Civil Veterinary Department Bihar reports 1936-40 - 1936-1940
Year: 1936
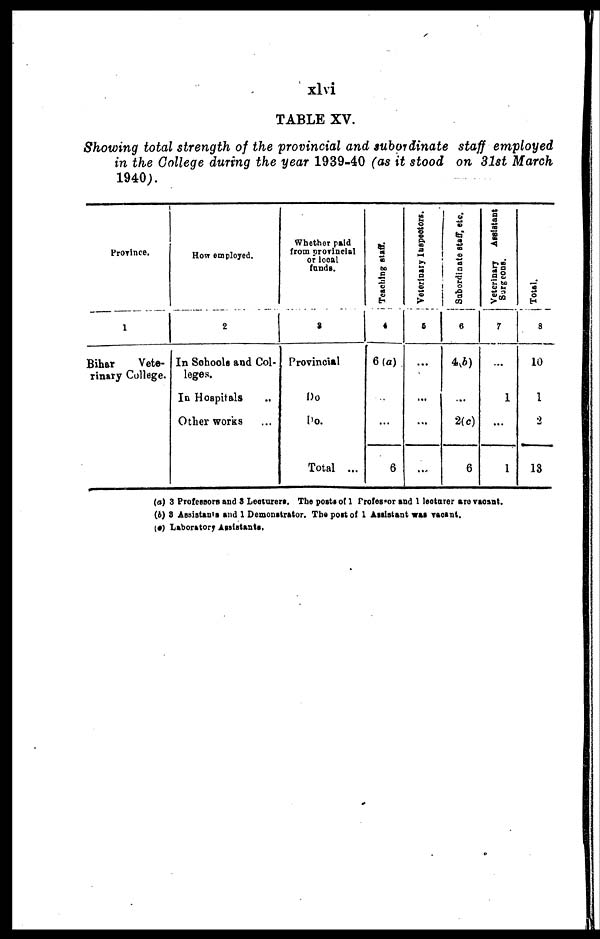
xlvi
TABLE XV.
Showing total strength of the provincial and subordinate staff employed
in the College during the year 1939-40 (as it stood on 31st March
1940).
Province.
1
Bihar
Vete-
rinary College.
How employed.
2
In Schools and Col-
leges.
In Hospitals ...
Other works ...
Whether paid
from provincial
or local
funds.
3
Provincial
Do
Do.
Total ...
Teaching staff.
4
6(a)
...
...
6
Veterinary Inspectors.
5
...
...
...
...
Subordinate staff, etc.
6
4(b)
...
2(c)
6
Veterinary
Assistant
Surgeons.
7
...
1
...
1
Total.
8
10
1
2
13
(a) 3 Professors and 3 Lecturers. The posts of 1 Professor and 1 lecturer are vacant.
(b) 3 Assistants and 1 Demonstrator. The post of 1 Assistant was vacant.
(c) Laboratory Assistants.